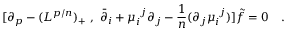
[ \partial _ { p } - ( L ^ { p / n } ) _ { + } \ , \ \bar { \partial } _ { i } + \mu _ { i } ^ { \ j } \partial _ { j } - { \frac { 1 } { n } } ( \partial _ { j } \mu _ { i } ^ { \ j } ) ] \tilde { f } = 0 \quad .